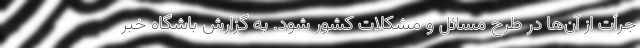
جرأت از آن‌ها در طرح مسائل و مشکلات کشور شود. به گزارش باشگاه خبر